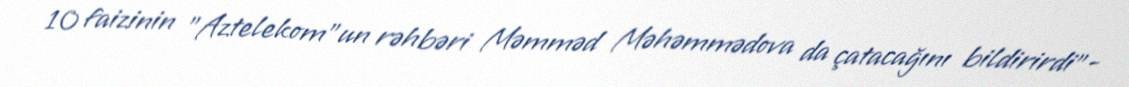
10 faizinin "Aztelekom"un rəhbəri Məmməd Məhəmmədova da çatacağını bildirirdi"-